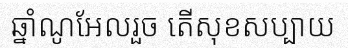
ឆ្នាំណូអែលរួច តើសុខសប្បាយ